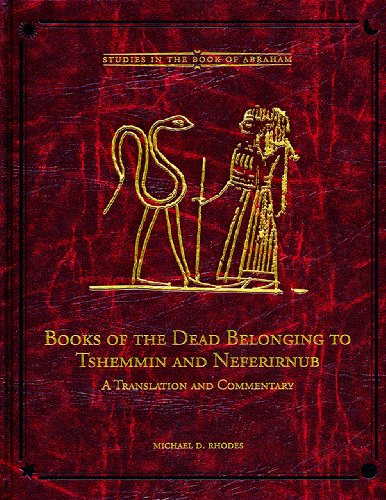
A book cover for Books of the Dead Belonging to Tshemmin and Neferirnub (Brigham Young University - Studies in the Book of Abraham); Michael D. Rhodes; Religion & Spirituality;